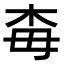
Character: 𣏭